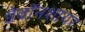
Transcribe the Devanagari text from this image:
डेवॉनशायर